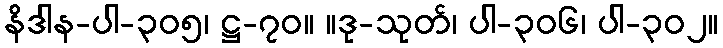
နိဒါန-ပါ-၃၀၅၊ ဋ္ဌ-၇၀။ ။ဒု-သုတ်၊ ပါ-၃၀၆၊ ပါ-၃၀၂။